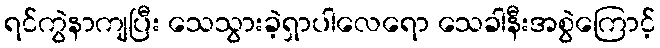
ရင်ကွဲနာကျပြီး သေသွားခဲ့ရှာပါလေရော သေခါနီးအစွဲကြောင့်